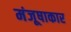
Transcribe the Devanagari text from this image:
मंजूषाकार